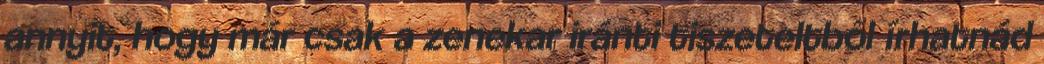
annyit, hogy már csak a zenekar iránti tiszeteltből í­rhatnád